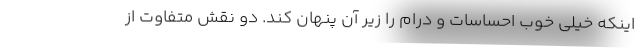
اینکه خیلی خوب احساسات و درام را زیر آن پنهان کند. دو نقش متفاوت از